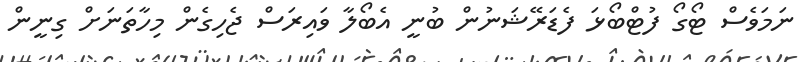
ނަމަވެސް ޓޯގޯ ފުޓްބޯޅަ ފެޑަރޭޝަނުން ބުނީ އެބޯލާ ވައިރަސް ޖެހިގެން މިހާތަނަށް ގިނީން